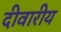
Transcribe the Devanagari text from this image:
दीवारीय